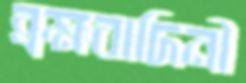
ব্রহ্মবাদিনী